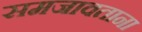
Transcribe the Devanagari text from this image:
समजावताना